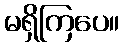
မရှိကြပေ။